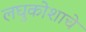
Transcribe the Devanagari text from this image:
लघुकोशाचे